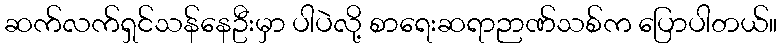
ဆက်လက်ရှင်သန်နေဦးမှာ ပါပဲလို့ စာရေးဆရာဉာဏ်သစ်က ပြောပါတယ်။